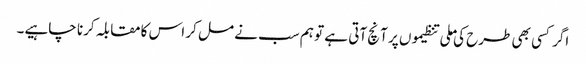
اگر کسی بھی طرح کی ملی تنظیموں پر آنچ آتی ہے تو ہم سب نے مل کر اس کا مقابلہ کرنا چاہیے۔